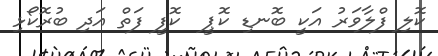
ކޮލި ފްލާވަރު އަކީ ބޮނޑި ކޮޕީ  ކޮފީ ފަތް އަދި ބުރޮކޯޅި